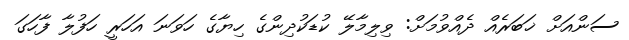
ސަންއަށް ޚަބަރެއް ދެއްވުމަށް: ވިލިމާލޭ ކުޑަކުދިންގެ ހިޔާގެ ހަވަނަ އަހަރީ ހަފުލާ ފާހަގަ